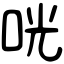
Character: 咣